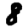
Digit: 8